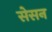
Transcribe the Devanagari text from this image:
सेसन